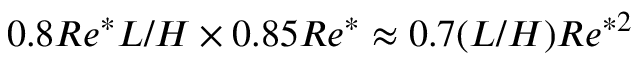
0 . 8 R e ^ { * } L / H \times 0 . 8 5 R e ^ { * } \approx 0 . 7 ( L / H ) R e ^ { * 2 }